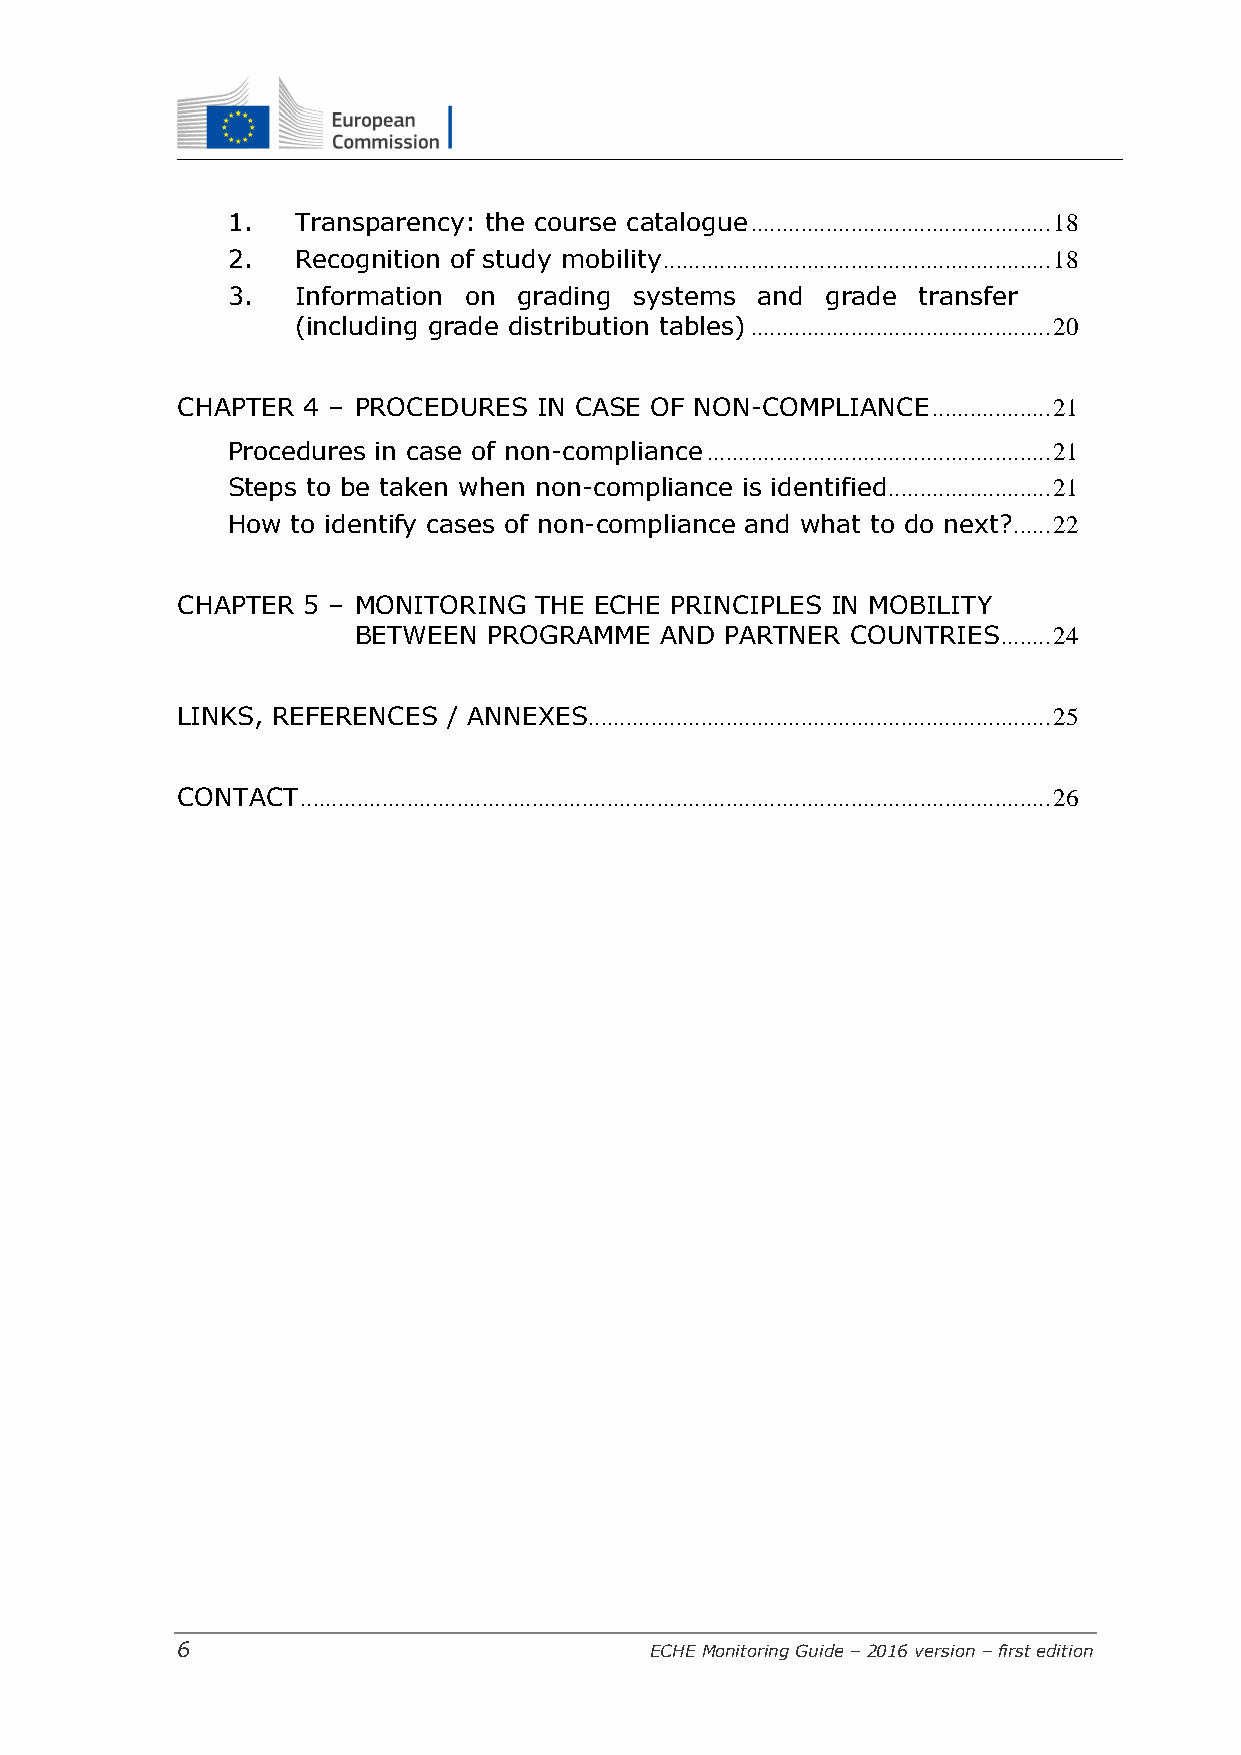
1.   Transparency: the course catalogue ................................................ 18
 2.   Recognition of study mobility .............................................................. 18
 3.   Information on grading systems and grade transfer
 (including grade distribution tables) ................................................ 20
 CHAPTER 4 – PROCEDURES  IN CASE OF NON-COMPLIANCE ................... 21
 Procedures in case of non-compliance ....................................................... 21
 Steps to be taken when non-compliance is identified .......................... 21
 How to identify cases of non-compliance and what to do next? ...... 22
 CHAPTER 5 – MONITORING THE ECHE PRINCIPLES IN MOBILITY
 BETWEEN  PROGRAMME   AND PARTNER COUNTRIES ........ 24
 LINKS, REFERENCES / ANNEXES.......................................................................... 25
 CONTACT ........................................................................................................................ 26
 6                              ECHE Monitoring Guide – 2016 version – first edition